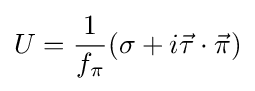
U={\frac {1}{f_{\pi }}}(\sigma +i{\vec {\tau }}\cdot {\vec {\pi }})